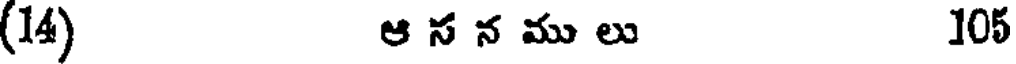
(14) ఆ స న ము లు 105